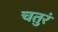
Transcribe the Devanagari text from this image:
चतुरं